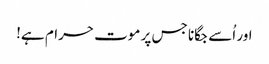
اور اُسے جگانا جس پر موت حرام ہے!